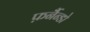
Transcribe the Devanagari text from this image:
फ़र्नैन्डो